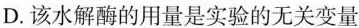
D.该水解酶的用量是实验的无关变量